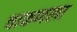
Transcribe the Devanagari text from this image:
चाकणला